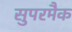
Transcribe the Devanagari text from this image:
सुपरमैक